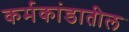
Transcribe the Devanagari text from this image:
कर्मकांडातील